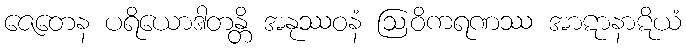
ဇေတေန ပရိယောဒါတန္တိ အနုဿဝနံ ဩဝိကရဏဿ အာဋာနာဋိယံ